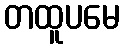
တထူပမေ